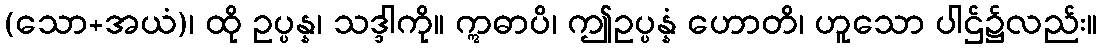
(သော+အယံ)၊ ထို ဥပ္ပန္န၊ သဒ္ဒါကို။ ဣဓာပိ၊ ဤဥပ္ပန္နံ ဟောတိ၊ ဟူသော ပါဌ်၌လည်း။